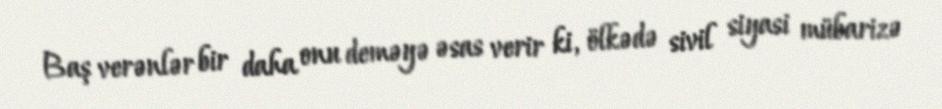
Baş verənlər bir daha onu deməyə əsas verir ki, ölkədə sivil siyasi mübarizə